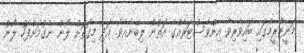
މަނީޓްރީމްގައި ބައިވެރިވާ އިންވެސްޓަރެއްގެ އަތުން ލިބޭނެއެވެ. އަދި މިގޮތަށް ލޯނު ނެގުމަށްފަހު ލޯނު